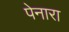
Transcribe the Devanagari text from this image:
पेनारा